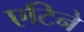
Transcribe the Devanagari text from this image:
एटिने